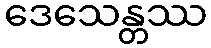
ဒေသေန္တဿ